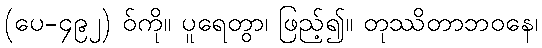
(ပေ-၄၉၂) ဝ်ကို။ ပူရေတွာ၊ ဖြည့်၍။ တုဿိတာဘဝနေ၊